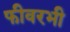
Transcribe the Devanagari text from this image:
फीवरभी